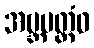
အဗ္ဘမတ္တံဝ